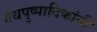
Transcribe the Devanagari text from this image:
गंधपुष्पादिकांनीं